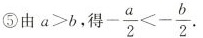
⑤由a>b，得$$- \frac { a } { 2 } < - \frac { b } { 2 }$$.